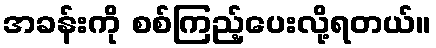
အခန်းကို စစ်ကြည့်ပေးလို့ရတယ်။